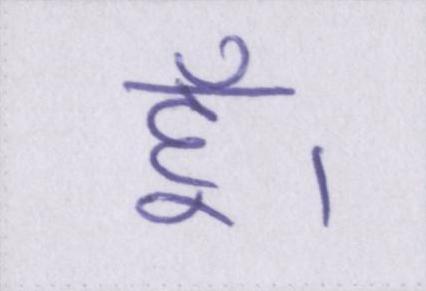
हूँ।